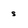
Character: s